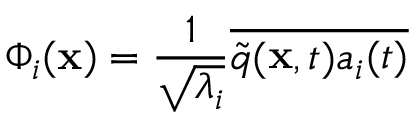
\Phi _ { i } ( \mathbf { x } ) = \frac { 1 } { \sqrt { \lambda _ { i } } } \overline { { \tilde { q } ( \mathbf { x } , t ) a _ { i } ( t ) } }